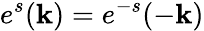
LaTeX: e^{s}({\mathbf k})=e^{-s}(-{\mathbf k})